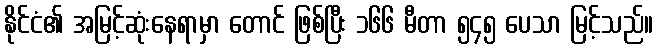
နိုင်ငံ၏ အမြင့်ဆုံးနေရာမှာ တောင် ဖြစ်ပြီး ၁၆၆ မီတာ ၅၄၅ ပေသာ မြင့်သည်။